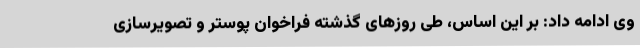
وی ادامه داد: بر این اساس، طی روزهای گذشته فراخوان پوستر و تصویرسازی